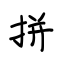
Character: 拼